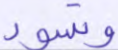
وتسود